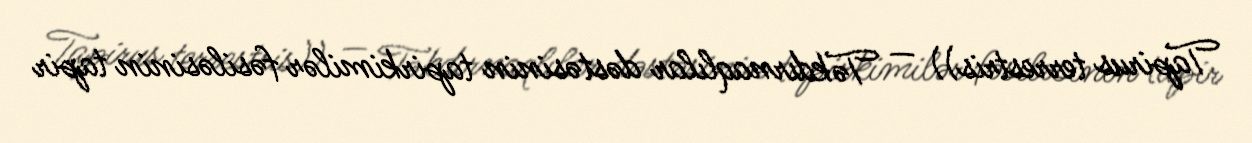
Tapirus terrestris)) — Təkdırnaqlılar dəstəsinin tapirkimilər fəsiləsinin tapir